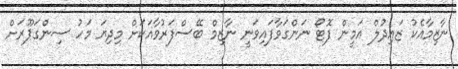
ނާޒިމާއެކު ޒައިދުލް އަމީން ފޮޓޯ ނަންގަވާފައިވަނީ ނާޒިމް ބޭސްފަރުވާއަކަށް މިދިޔަ މަހު ސިންގަޕޫރަށް